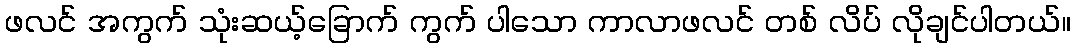
ဖလင် အကွက် သုံးဆယ့်ခြောက် ကွက် ပါသော ကာလာဖလင် တစ် လိပ် လိုချင်ပါတယ်။